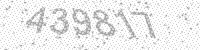
Solution: 439817